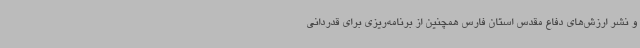
و نشر ارزش‌های دفاع مقدس استان فارس همچنین از برنامه‌ریزی برای قدردانی